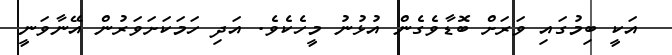
އަކީ ބިމުގައި ވަރަށް ބޮޑާވެގެން އުޅުނު މީހެކެވެ. އަދި ހަމަކަށަވަރުން އޭނާވަނީ